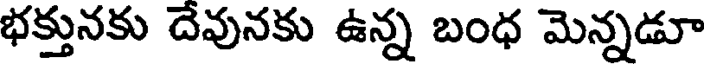
భక్తునకు దేవునకు ఉన్న బంధ మెన్నడూ